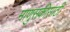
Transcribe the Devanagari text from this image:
माणुसकीसाठी